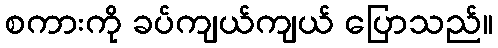
စကားကို ခပ်ကျယ်ကျယ် ပြောသည်။